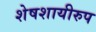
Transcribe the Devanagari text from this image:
शेषशायीरुप